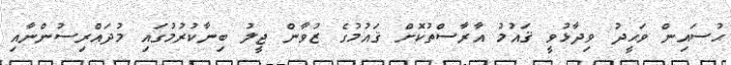
ޙުސައިން ވަޙީދު ވިދާޅުވީ ޤައުމު އާރާސްތުކޮށް ޤައުމުގެ ޒުވާން ޖީލު ބިނާކުރުމުގައި މުދައްރިސުންނާއި